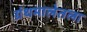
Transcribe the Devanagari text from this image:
ग्रंथमालेतला